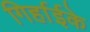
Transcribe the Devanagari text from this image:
गिर्हाईके